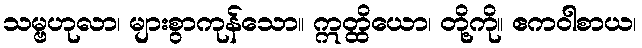
သမ္ဗဟုလာ၊ များစွာကုန်သော။ ဣတ္ထိယော၊ တို့ကို။ ဧကဝါစာယ၊